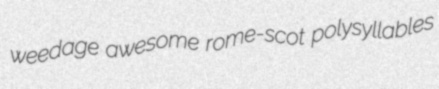
weedage awesome rome-scot polysyllables